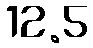
12.5